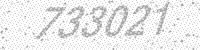
Solution: 733021